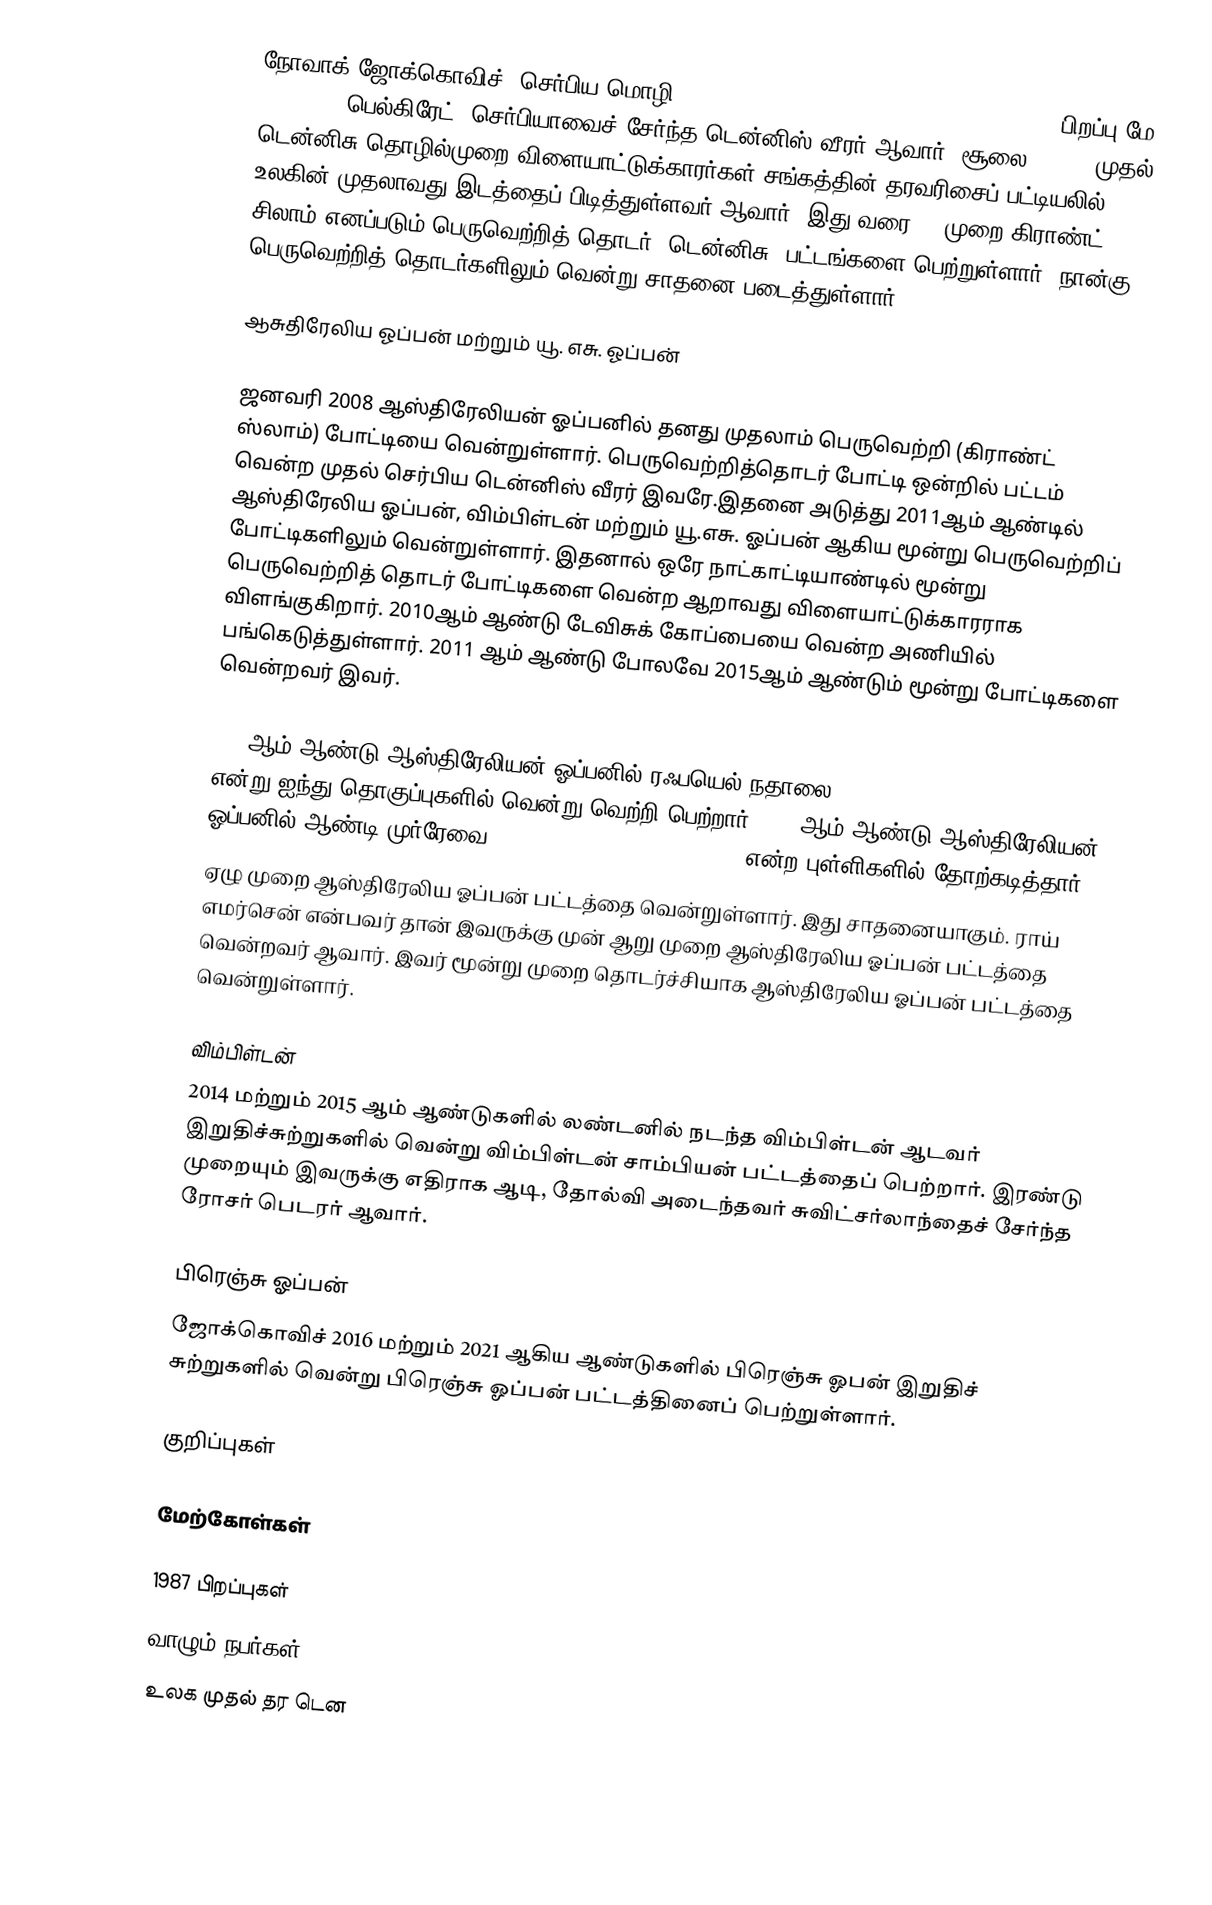
நோவாக் ஜோக்கொவிச் (செர்பிய மொழி: Новак Ђоковић, IPA: [ˈnɔvaːk 'ʥɔːkɔviʨ], , பிறப்பு மே 22, 1987, பெல்கிரேட்) செர்பியாவைச் சேர்ந்த டென்னிஸ் வீரர் ஆவார். சூலை 4,2011 முதல் டென்னிசு தொழில்முறை விளையாட்டுக்காரர்கள் சங்கத்தின் தரவரிசைப் பட்டியலில் உலகின் முதலாவது இடத்தைப் பிடித்துள்ளவர் ஆவார். இது வரை 23 முறை கிராண்ட் சிலாம் எனப்படும் பெருவெற்றித் தொடர் (டென்னிசு) பட்டங்களை பெற்றுள்ளார். நான்கு பெருவெற்றித் தொடர்களிலும் வென்று சாதனை படைத்துள்ளார்.

ஆசுதிரேலிய ஓப்பன் மற்றும் யூ. எசு. ஓப்பன்

ஜனவரி 2008 ஆஸ்திரேலியன் ஓப்பனில் தனது முதலாம் பெருவெற்றி (கிராண்ட் ஸ்லாம்) போட்டியை வென்றுள்ளார். பெருவெற்றித்தொடர் போட்டி ஒன்றில் பட்டம் வென்ற முதல் செர்பிய டென்னிஸ் வீரர் இவரே.இதனை அடுத்து 2011ஆம் ஆண்டில்  ஆஸ்திரேலிய ஓப்பன்,  விம்பிள்டன் மற்றும் யூ.எசு. ஓப்பன் ஆகிய மூன்று பெருவெற்றிப் போட்டிகளிலும் வென்றுள்ளார். இதனால் ஒரே நாட்காட்டியாண்டில் மூன்று பெருவெற்றித் தொடர் போட்டிகளை வென்ற ஆறாவது விளையாட்டுக்காரராக விளங்குகிறார். 2010ஆம் ஆண்டு டேவிசுக் கோப்பையை வென்ற அணியில் பங்கெடுத்துள்ளார். 2011 ஆம் ஆண்டு போலவே 2015ஆம் ஆண்டும் மூன்று போட்டிகளை வென்றவர் இவர்.

2012ஆம் ஆண்டு ஆஸ்திரேலியன் ஓப்பனில் ரஃபயெல் நதாலை 5-7, 6-4, 6-2, 6-7 (5), 7-5 என்று ஐந்து தொகுப்புகளில் வென்று வெற்றி பெற்றார். 2015ஆம் ஆண்டு ஆஸ்திரேலியன் ஓப்பனில் ஆண்டி முர்ரேவை 7–6(7–5), 6–7(4–7), 6–3, 6–0 என்ற புள்ளிகளில் தோற்கடித்தார்.
ஏழு முறை  ஆஸ்திரேலிய ஓப்பன் பட்டத்தை வென்றுள்ளார். இது சாதனையாகும். ராய் எமர்சென் என்பவர் தான் இவருக்கு முன் ஆறு முறை  ஆஸ்திரேலிய ஓப்பன் பட்டத்தை வென்றவர் ஆவார்.  இவர் மூன்று முறை தொடர்ச்சியாக ஆஸ்திரேலிய ஓப்பன் பட்டத்தை வென்றுள்ளார்.

விம்பிள்டன்
2014 மற்றும் 2015 ஆம் ஆண்டுகளில் லண்டனில் நடந்த விம்பிள்டன் ஆடவர் இறுதிச்சுற்றுகளில் வென்று விம்பிள்டன் சாம்பியன் பட்டத்தைப் பெற்றார். இரண்டு முறையும் இவருக்கு எதிராக ஆடி, தோல்வி அடைந்தவர் சுவிட்சர்லாந்தைச் சேர்ந்த ரோசர் பெடரர் ஆவார்.

பிரெஞ்சு ஓப்பன்
ஜோக்கொவிச் 2016 மற்றும் 2021 ஆகிய ஆண்டுகளில் பிரெஞ்சு ஓபன் இறுதிச் சுற்றுகளில் வென்று பிரெஞ்சு ஓப்பன் பட்டத்தினைப் பெற்றுள்ளார்.

குறிப்புகள்

மேற்கோள்கள்

1987 பிறப்புகள்
வாழும் நபர்கள்
உலக முதல் தர டென